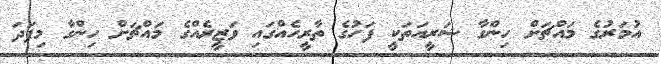
އުމަރުގެ މައްޗަށް ހިންގާ ޝަރީއަތަކީ ފަހުގެ ތާރީހެއްގައި ވަޒީރެއްގެ މައްޗަށް ހިންގާ މިފަދަ